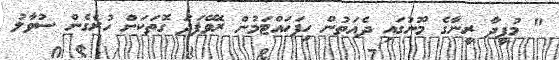
" މުފީދާ ރީނާގެ މޫނުގައި ދެއަތުން ހިފަހައްޓަމުން ރޮވޭފަދަ ގޮތަކަށް ހުރެގެން ސުވާލު